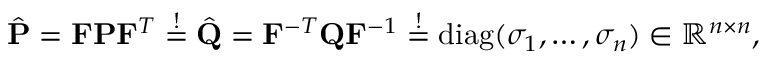
\begin{array} { r } { \hat { { \textbf P } } = \mathbf { { F } } { \textbf P } \mathbf { { F } } ^ { T } \stackrel { ! } { = } \hat { { \textbf Q } } = \mathbf { { F } } ^ { - T } { \textbf Q } \mathbf { { F } } ^ { - 1 } \stackrel { ! } { = } \mathrm { d i a g } ( \sigma _ { 1 } , \ldots , \sigma _ { n } ) \in { \mathbb R } ^ { n \times n } , } \end{array}